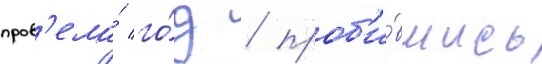
пров'ела́ го́д / проб'и́вшись